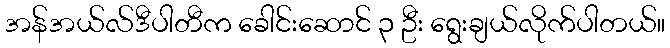
အန်အယ်လ်ဒီပါတီက ခေါင်းဆောင် ၃ ဦး ရွေးချယ်လိုက်ပါတယ်။